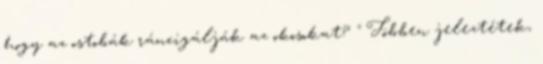
hogy az ostobák ráncigálják az okosokat? " Többen jeleztétek,